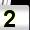
Digit: 2